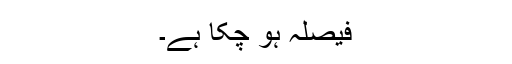
فیصلہ ہو چکا ہے۔